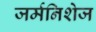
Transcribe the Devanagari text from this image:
जर्मनिशेज